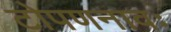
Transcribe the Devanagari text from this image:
टोपणनावः